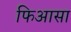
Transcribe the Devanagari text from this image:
फिआसा